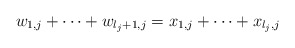
\begin{align*}w_{1,j} + \cdots + w_{l_j+1,j}=x_{1,j} + \cdots + x_{l_j,j}\end{align*}